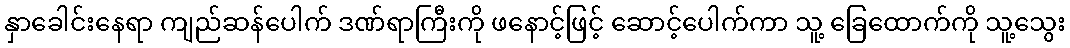
နှာခေါင်းနေရာ ကျည်ဆန်ပေါက် ဒဏ်ရာကြီးကို ဖနောင့်ဖြင့် ဆောင့်ပေါက်ကာ သူ့ ခြေထောက်ကို သူ့သွေး